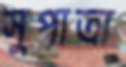
সুপাত্রা